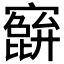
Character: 𫴕